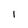
Character: l